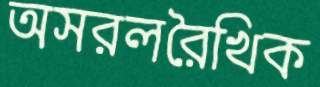
অসরলরৈখিক